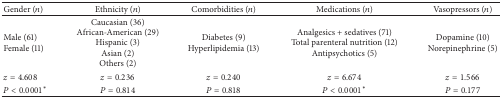
| Gender (n) | Ethnicity (n) | Comorbidities (n) | Medications (n) | Vasopressors (n) |
 | --- | --- | --- | --- | --- |
 | Male (61)Female (11) | Caucasian (36)African-American (29)Hispanic (3)Asian (2)Others (2) | Diabetes (9)Hyperlipidemia (13) | Analgesics + sedatives (71)Total parenteral nutrition (12)Antipsychotics (5) | Dopamine (10)Norepinephrine (5) |
 | z = 4.608 | z = 0.236 | z = 0.240 | z = 6.674 | z = 1.566 |
 | P < 0.0001* | P = 0.814 | P = 0.818 | P < 0.0001* | P = 0.177 |